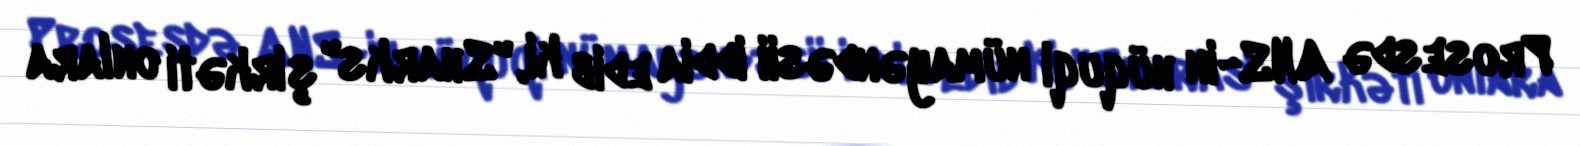
Prosesdə ANS-in hüquqi nümayəndəsii iddia edib ki, "Sharks" şirkəti onlara